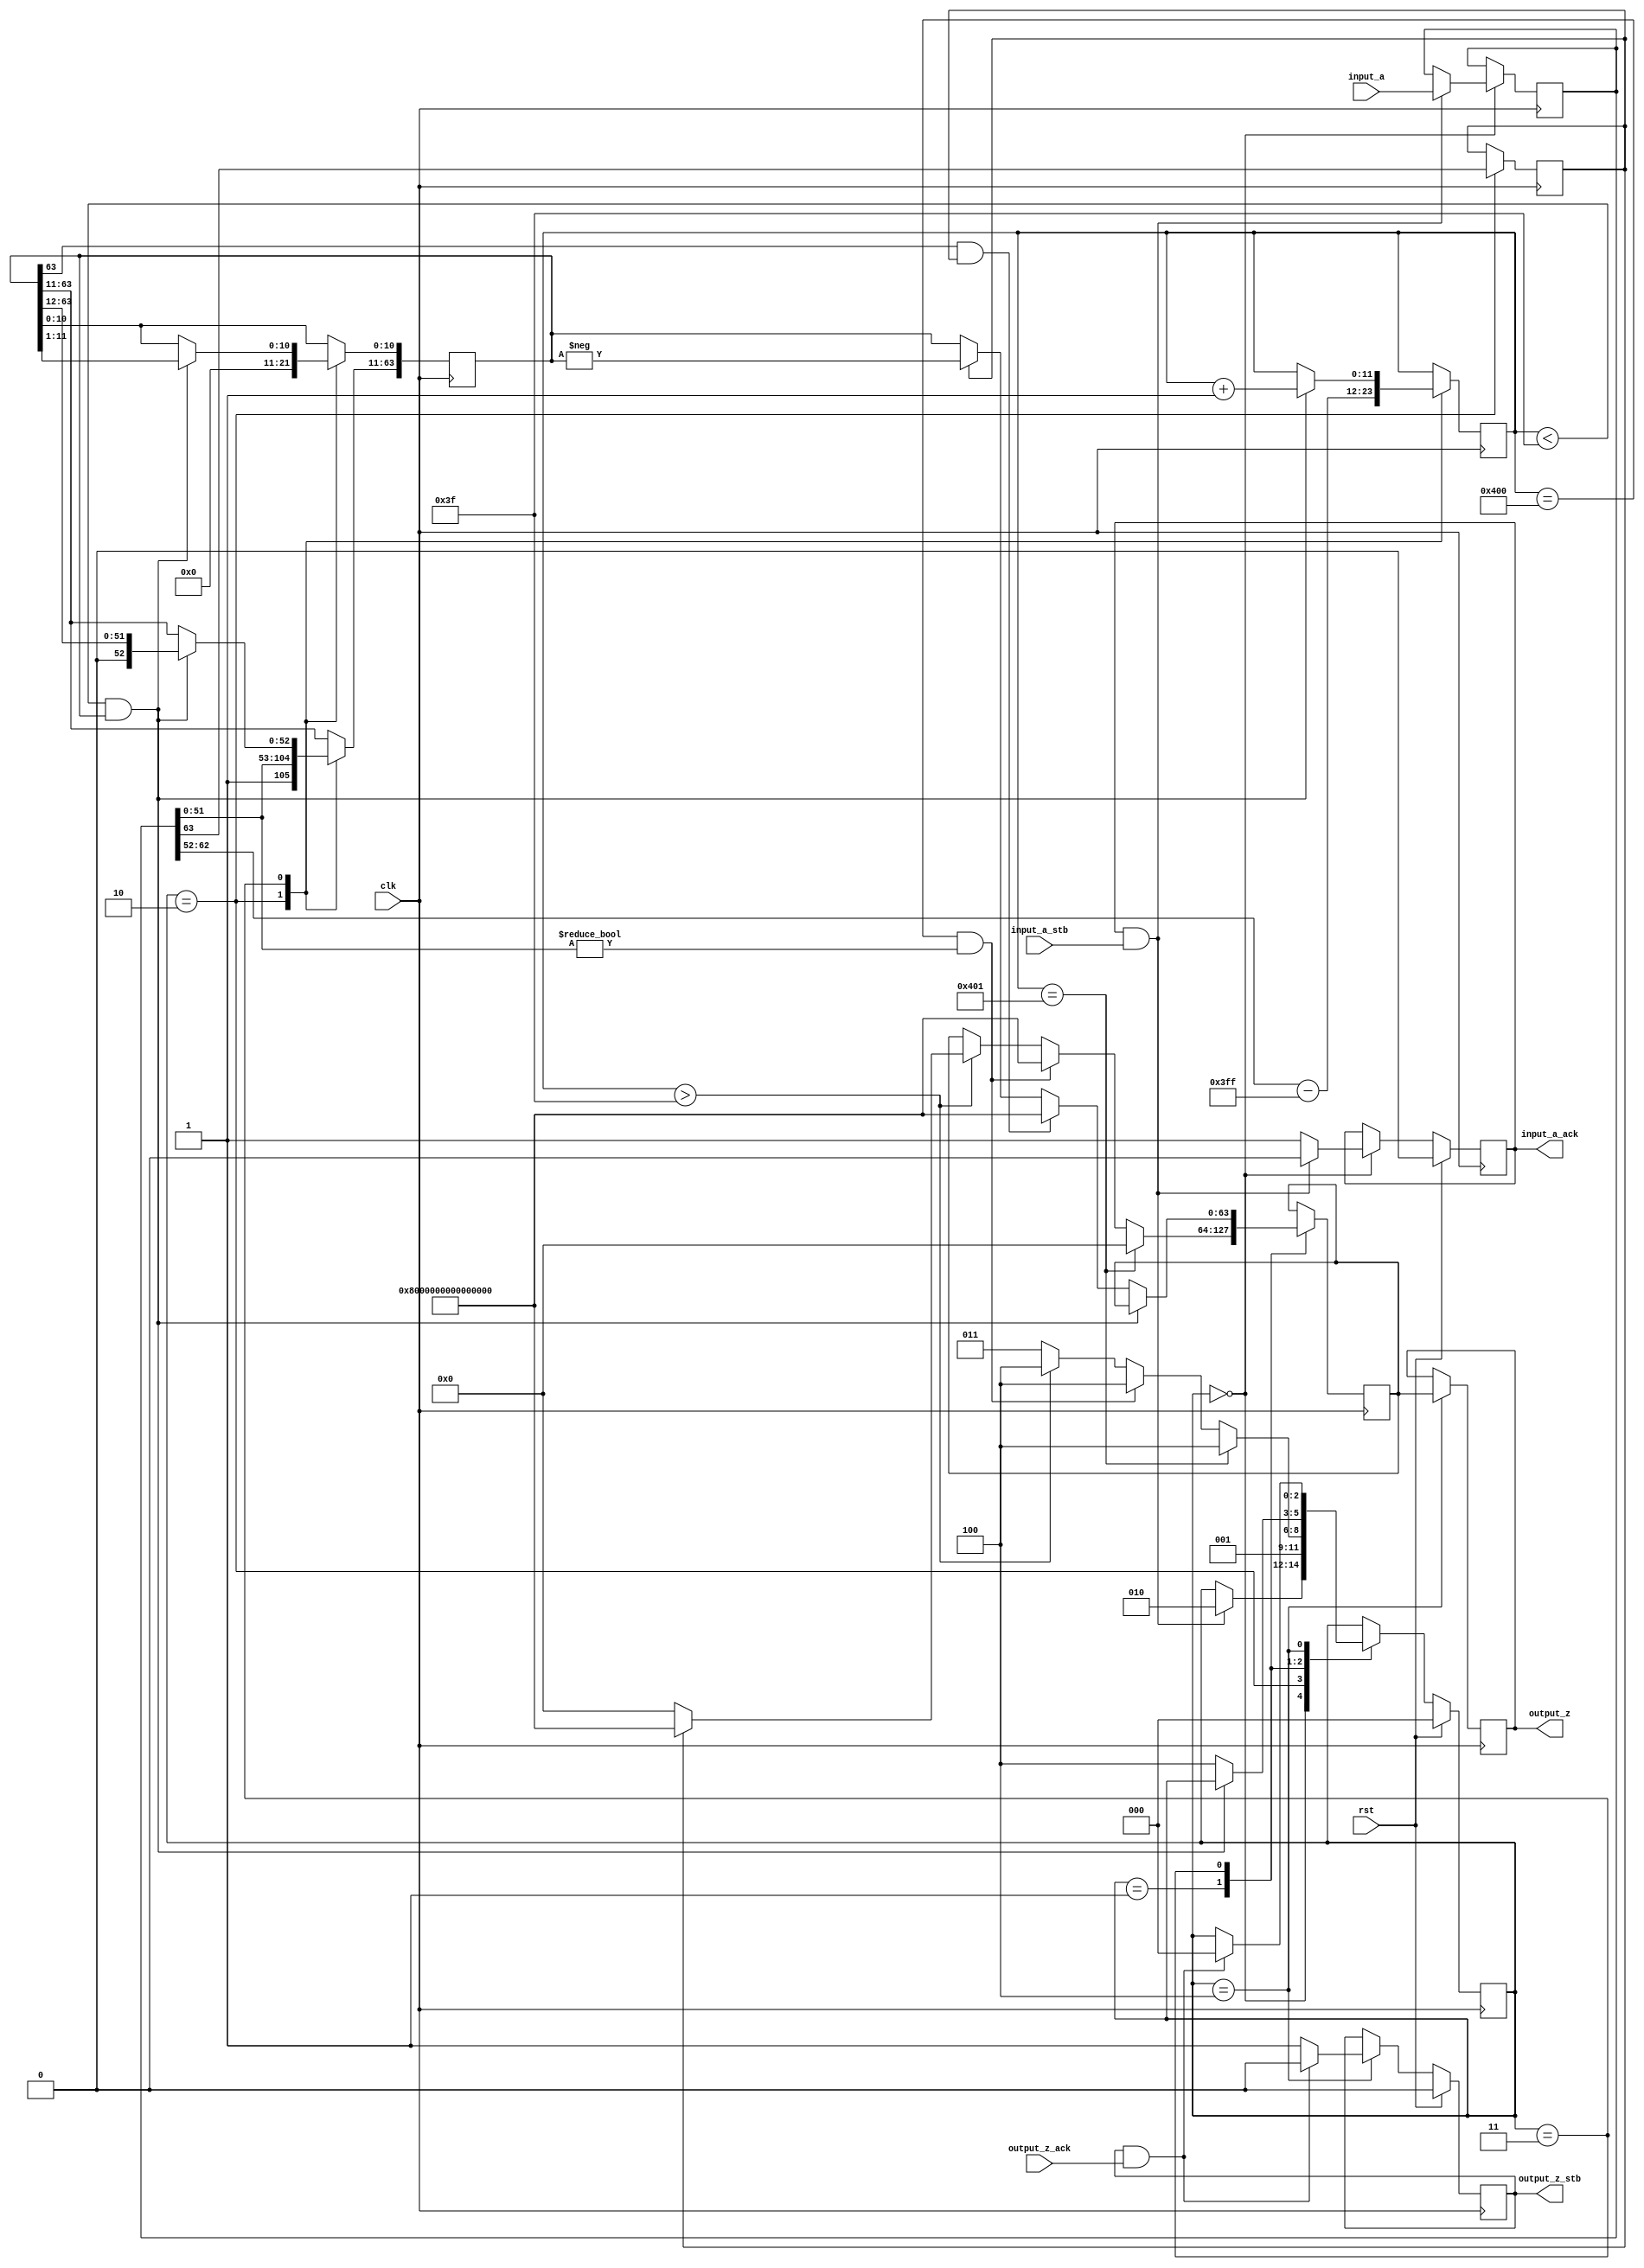
//IEEE Floating Point to Integer Converter (Double Precision)
//Copyright (C) Jonathan P Dawson 2014
//2014-01-11
module double_to_long(
        input_a,
        input_a_stb,
        output_z_ack,
        clk,
        rst,
        output_z,
        output_z_stb,
        input_a_ack);

  input     clk;
  input     rst;

  input     [63:0] input_a;
  input     input_a_stb;
  output    input_a_ack;

  output    [63:0] output_z;
  output    output_z_stb;
  input     output_z_ack;

  reg       s_output_z_stb;
  reg       [63:0] s_output_z;
  reg       s_input_a_ack;

  reg       [2:0] state;
  parameter get_a         = 3'd0,
            special_cases = 3'd1,
            unpack        = 3'd2,
            convert       = 3'd3,
            put_z         = 3'd4;

  reg [63:0] a_m, a, z;
  reg [11:0] a_e;
  reg a_s;

  always @(posedge clk)
  begin

    case(state)

      get_a:
      begin
        s_input_a_ack <= 1;
        if (s_input_a_ack && input_a_stb) begin
          a <= input_a;
          s_input_a_ack <= 0;
          state <= unpack;
        end
      end

      unpack:
      begin
        a_m[63:11] <= {1'b1, a[51 : 0]};
        a_m[10:0] <= 0;
        a_e <= a[62 : 52] - 1023;
        a_s <= a[63];
        state <= special_cases;
      end

      special_cases:
      begin
        if ($signed(a_e) == -1023) begin
          //zero
          z <= 0;
          state <= put_z;
        end else if ($signed(a_e) == 1024 && a[51:0] != 0) begin
          //nan
          z <= 64'h8000000000000000;
          state <= put_z;
        end else if ($signed(a_e) > 63) begin
          //too big
          if (a_s) begin
              z <= 64'h8000000000000000;
          end else begin
              z <= 64'h0000000000000000;
          end
          state <= put_z;
        end else begin
          state <= convert;
        end
      end

      convert:
      begin
        if ($signed(a_e) < 63 && a_m) begin
          a_e <= a_e + 1;
          a_m <= a_m >> 1;
        end else begin
          if (a_m[63] && a_s) begin
            z <= 64'h8000000000000000;
          end else begin
            z <= a_s ? -a_m : a_m;
          end
          state <= put_z;
        end
      end

      put_z:
      begin
        s_output_z_stb <= 1;
        s_output_z <= z;
        if (s_output_z_stb && output_z_ack) begin
          s_output_z_stb <= 0;
          state <= get_a;
        end
      end

    endcase

    if (rst == 1) begin
      state <= get_a;
      s_input_a_ack <= 0;
      s_output_z_stb <= 0;
    end

  end
  assign input_a_ack = s_input_a_ack;
  assign output_z_stb = s_output_z_stb;
  assign output_z = s_output_z;

endmodule